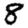
Digit: 8